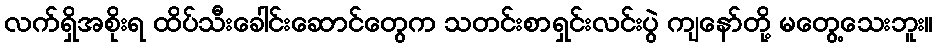
လက်ရှိအစိုးရ ထိပ်သီးခေါင်းဆောင်တွေက သတင်းစာရှင်းလင်းပွဲ ကျနော်တို့ မတွေ့သေးဘူး။